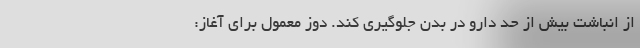
از انباشت بیش از حد دارو در بدن جلوگیری کند. دوز معمول برای آغاز: